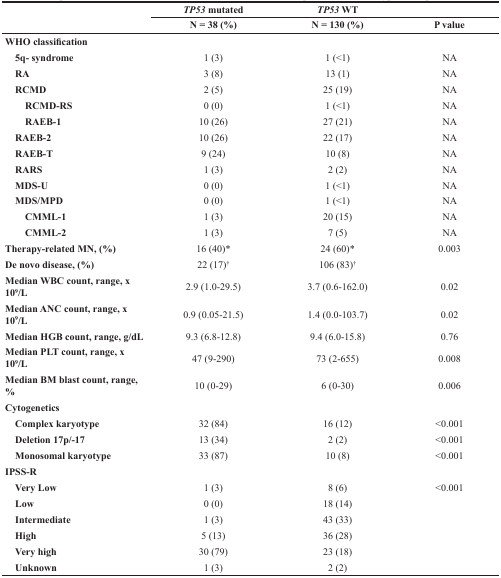
<table><thead><tr><td rowspan="2"></td><td><b>TP53 mutated</b></td><td><b>TP53 WT</b></td><td></td></tr><tr><td><b>N = 38 (%)</b></td><td><b>N = 130 (%)</b></td><td><b>P value</b></td></tr></thead><tbody><tr><td><b>WHO classification</b></td><td></td><td></td><td></td></tr><tr><td> <b>5q- syndrome</b></td><td>1 (3)</td><td>1 (&lt;1)</td><td>NA</td></tr><tr><td> <b>RA</b></td><td>3 (8)</td><td>13 (1)</td><td>NA</td></tr><tr><td> <b>RCMD</b></td><td>2 (5)</td><td>25 (19)</td><td>NA</td></tr><tr><td><b>RCMD-RS</b></td><td>0 (0)</td><td>1 (&lt;1)</td><td>NA</td></tr><tr><td><b>RAEB-1</b></td><td>10 (26)</td><td>27 (21)</td><td>NA</td></tr><tr><td> <b>RAEB-2</b></td><td>10 (26)</td><td>22 (17)</td><td>NA</td></tr><tr><td> <b>RAEB-T</b></td><td>9 (24)</td><td>10 (8)</td><td>NA</td></tr><tr><td> <b>RARS</b></td><td>1 (3)</td><td>2 (2)</td><td>NA</td></tr><tr><td> <b>MDS-U</b></td><td>0 (0)</td><td>1 (&lt;1)</td><td>NA</td></tr><tr><td> <b>MDS/MPD</b></td><td>0 (0)</td><td>1 (&lt;1)</td><td>NA</td></tr><tr><td><b>CMML-1</b></td><td>1 (3)</td><td>20 (15)</td><td>NA</td></tr><tr><td><b>CMML-2</b></td><td>1 (3)</td><td>7 (5)</td><td>NA</td></tr><tr><td><b>Therapy-related MN, (%)</b></td><td>16 (40)*</td><td>24 (60)*</td><td>0.003</td></tr><tr><td><b>De novo disease, (%)</b></td><td>22 (17)<sup>†</sup></td><td>106 (83)<sup>†</sup></td><td></td></tr><tr><td><b>Median WBC count, range, × 10<sup>9</sup>/L</b></td><td>2.9 (1.0-29.5)</td><td>3.7 (0.6-162.0)</td><td>0.02</td></tr><tr><td><b>Median ANC count, range, × 10<sup>9</sup>/L</b></td><td>0.9 (0.05-21.5)</td><td>1.4 (0.0-103.7)</td><td>0.02</td></tr><tr><td><b>Median HGB count, range, g/dL</b></td><td>9.3 (6.8-12.8)</td><td>9.4 (6.0-15.8)</td><td>0.76</td></tr><tr><td><b>Median PLT count, range, × 10<sup>9</sup>/L</b></td><td>47 (9-290)</td><td>73 (2-655)</td><td>0.008</td></tr><tr><td><b>Median BM blast count, range, %</b></td><td>10 (0-29)</td><td>6 (0-30)</td><td>0.006</td></tr><tr><td><b>Cytogenetics</b></td><td></td><td></td><td></td></tr><tr><td> <b>Complex karyotype</b></td><td>32 (84)</td><td>16 (12)</td><td>&lt;0.001</td></tr><tr><td> <b>Deletion 17p/−17</b></td><td>13 (34)</td><td>2 (2)</td><td>&lt;0.001</td></tr><tr><td> <b>Monosomal karyotype</b></td><td>33 (87)</td><td>10 (8)</td><td>&lt;0.001</td></tr><tr><td><b>IPSS-R</b></td><td></td><td></td><td></td></tr><tr><td> <b>Very Low</b></td><td>1 (3)</td><td>8 (6)</td><td>&lt;0.001</td></tr><tr><td> <b>Low</b></td><td>0 (0)</td><td>18 (14)</td><td></td></tr><tr><td> <b>Intermediate</b></td><td>1 (3)</td><td>43 (33)</td><td></td></tr><tr><td> <b>High</b></td><td>5 (13)</td><td>36 (28)</td><td></td></tr><tr><td> <b>Very high</b></td><td>30 (79)</td><td>23 (18)</td><td></td></tr><tr><td> <b>Unknown</b></td><td>1 (3)</td><td>2 (2)</td><td></td></tr></tbody></table>